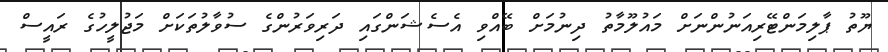
ޔޫތު ޕާލިމަންޓޭރިއަނުންނަށް މައުލޫމާތު ދިނުމަށް ބޭއްވި އެސެޝަންގައި ދަރިވަރުންގެ ސުވާލުތަކަށް މަޖުލީހުގެ ރައީސް